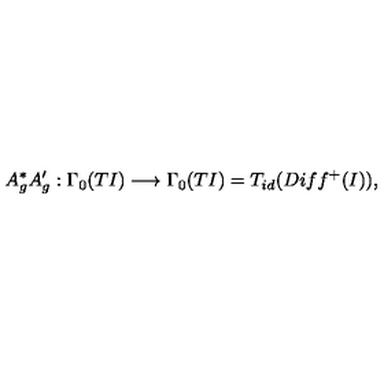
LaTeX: A _ { g } ^ { * } A _ { g } ^ { \prime } : \Gamma _ { 0 } ( T I ) \longrightarrow \Gamma _ { 0 } ( T I ) = T _ { i d } ( D i f f ^ { + } ( I ) ) ,